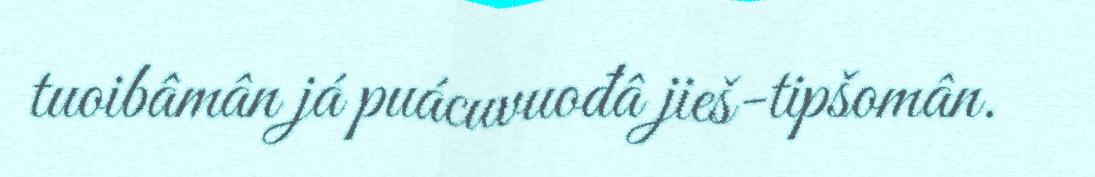
tuoibâmân já puácuvuođâ jieš-tipšomân.